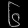
Digit: ၆